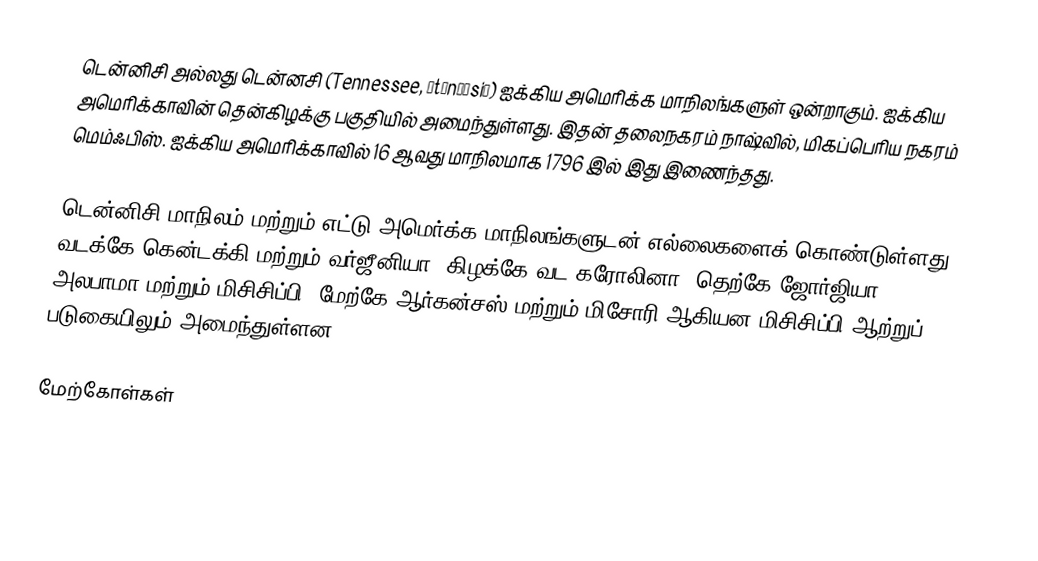
டென்னிசி அல்லது டென்னசி (Tennessee, ˌtɛnɨˈsiː) ஐக்கிய அமெரிக்க மாநிலங்களுள் ஒன்றாகும். ஐக்கிய அமெரிக்காவின் தென்கிழக்கு பகுதியில் அமைந்துள்ளது. இதன் தலைநகரம் நாஷ்வில், மிகப்பெரிய நகரம் மெம்ஃபிஸ். ஐக்கிய அமெரிக்காவில் 16 ஆவது மாநிலமாக 1796 இல் இது இணைந்தது.

டென்னிசி மாநிலம் மற்றும் எட்டு அமெர்க்க மாநிலங்களுடன் எல்லைகளைக் கொண்டுள்ளது. வடக்கே கென்டக்கி மற்றும் வர்ஜீனியா; கிழக்கே வட கரோலினா; தெற்கே ஜோர்ஜியா, அலபாமா மற்றும் மிசிசிப்பி; மேற்கே ஆர்கன்சஸ் மற்றும் மிசோரி ஆகியன மிசிசிப்பி ஆற்றுப் படுகையிலும் அமைந்துள்ளன.

மேற்கோள்கள்